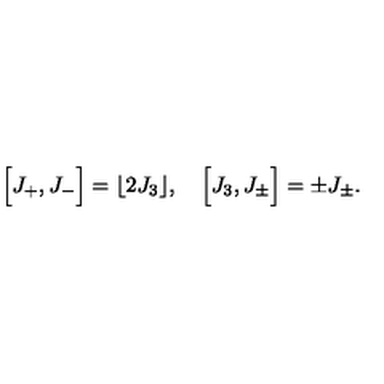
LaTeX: \Bigl [ J _ { + } , J _ { - } \Bigr ] = \lfloor 2 J _ { 3 } \rfloor , \quad \Bigl [ J _ { 3 } , J _ { \pm } \Bigr ] = \pm J _ { \pm } .